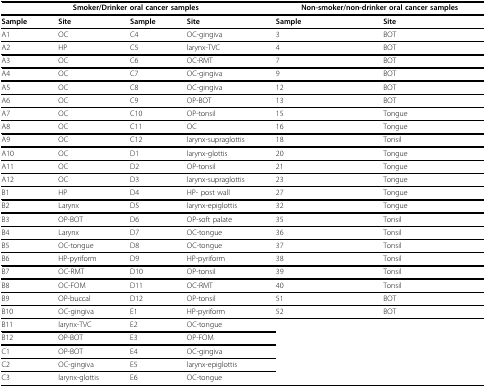
<table><thead><tr><td colspan="4"><b>Smoker/Drinker oral cancer samples</b></td><td colspan="2"><b>Non-smoker/non-drinker oral cancer samples</b></td></tr></thead><tbody><tr><td><b>Sample</b></td><td><b>Site</b></td><td><b>Sample</b></td><td><b>Site</b></td><td><b>Sample</b></td><td><b>Site</b></td></tr><tr><td>A1</td><td>OC</td><td>C4</td><td>OC-gingiva</td><td>3</td><td>BOT</td></tr><tr><td>A2</td><td>HP</td><td>C5</td><td>larynx-TVC</td><td>4</td><td>BOT</td></tr><tr><td>A3</td><td>OC</td><td>C6</td><td>OC-RMT</td><td>7</td><td>BOT</td></tr><tr><td>A4</td><td>OC</td><td>C7</td><td>OC-gingiva</td><td>9</td><td>BOT</td></tr><tr><td>A5</td><td>OC</td><td>C8</td><td>OC-gingiva</td><td>12</td><td>BOT</td></tr><tr><td>A6</td><td>OC</td><td>C9</td><td>OP-BOT</td><td>13</td><td>BOT</td></tr><tr><td>A7</td><td>OC</td><td>C10</td><td>OP-tonsil</td><td>15</td><td>Tongue</td></tr><tr><td>A8</td><td>OC</td><td>C11</td><td>OC</td><td>16</td><td>Tongue</td></tr><tr><td>A9</td><td>OC</td><td>C12</td><td>larynx-supraglottis</td><td>18</td><td>Tonsil</td></tr><tr><td>A10</td><td>OC</td><td>D1</td><td>larynx-glottis</td><td>20</td><td>Tongue</td></tr><tr><td>A11</td><td>OC</td><td>D2</td><td>OP-tonsil</td><td>21</td><td>Tongue</td></tr><tr><td>A12</td><td>OC</td><td>D3</td><td>larynx-supraglottis</td><td>23</td><td>Tongue</td></tr><tr><td>B1</td><td>HP</td><td>D4</td><td>HP- post wall</td><td>27</td><td>Tongue</td></tr><tr><td>B2</td><td>Larynx</td><td>D5</td><td>larynx-epiglottis</td><td>32</td><td>Tongue</td></tr><tr><td>B3</td><td>OP-BOT</td><td>D6</td><td>OP-soft palate</td><td>35</td><td>Tonsil</td></tr><tr><td>B4</td><td>Larynx</td><td>D7</td><td>OC-tongue</td><td>36</td><td>Tonsil</td></tr><tr><td>B5</td><td>OC-tongue</td><td>D8</td><td>OC-tongue</td><td>37</td><td>Tonsil</td></tr><tr><td>B6</td><td>HP-pyriform</td><td>D9</td><td>HP-pyriform</td><td>38</td><td>Tonsil</td></tr><tr><td>B7</td><td>OC-RMT</td><td>D10</td><td>OP-tonsil</td><td>39</td><td>Tonsil</td></tr><tr><td>B8</td><td>OC-FOM</td><td>D11</td><td>OC-RMT</td><td>40</td><td>Tonsil</td></tr><tr><td>B9</td><td>OP-buccal</td><td>D12</td><td>OP-tonsil</td><td>51</td><td>BOT</td></tr><tr><td>B10</td><td>OC-gingiva</td><td>E1</td><td>HP-pyriform</td><td>52</td><td>BOT</td></tr><tr><td>B11</td><td>larynx-TVC</td><td>E2</td><td>OC-tongue</td><td></td><td></td></tr><tr><td>B12</td><td>OP-BOT</td><td>E3</td><td>OP-FOM</td><td></td><td></td></tr><tr><td>C1</td><td>OP-BOT</td><td>E4</td><td>OC-gingiva</td><td></td><td></td></tr><tr><td>C2</td><td>OC-gingiva</td><td>E5</td><td>larynx-epiglottis</td><td></td><td></td></tr><tr><td>C3</td><td>larynx-glottis</td><td>E6</td><td>OC-tongue</td><td></td><td></td></tr></tbody></table>